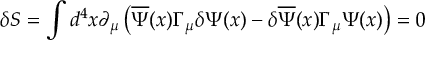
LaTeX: \delta S = \int d ^ { 4 } x \partial _ { \mu } \left( \overline { { { \Psi } } } ( x ) \Gamma _ { \mu } \delta \Psi ( x ) - \delta \overline { { { \Psi } } } ( x ) \Gamma _ { \mu } \Psi ( x ) \right) = 0